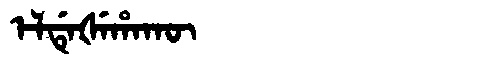
Manchu: ᡝᠯᡩᡝᡧᡝᡥᠠᡴᡡ
Romanization: ELDEŠEHAKŪ